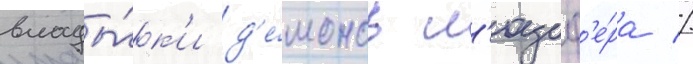
влады́к'и д'е́монов л'юциф'е́ра //